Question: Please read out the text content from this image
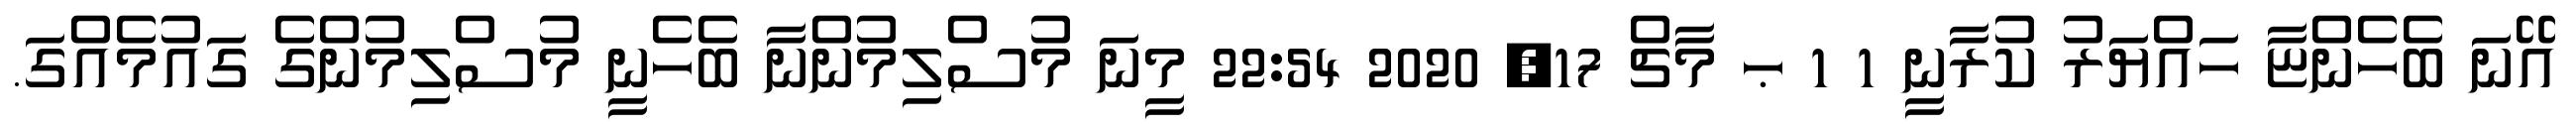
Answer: އޭނަ ބެހެންޏާ ހައްޔަރު ކުރާނީ 1 1 ޙ މާޗް 17, 2020 22:54 މީނަ މުސްލިމުންނާ ބެހެނީ މުސްލިމުންގެ ގައުމެއްގަ.